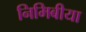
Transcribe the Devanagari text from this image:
निमिबीया